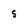
Character: s